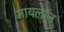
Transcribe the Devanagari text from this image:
मायलॉन